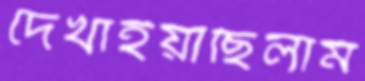
দেখাইয়াছিলাম